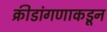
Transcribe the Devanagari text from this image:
क्रीडांगणाकडून